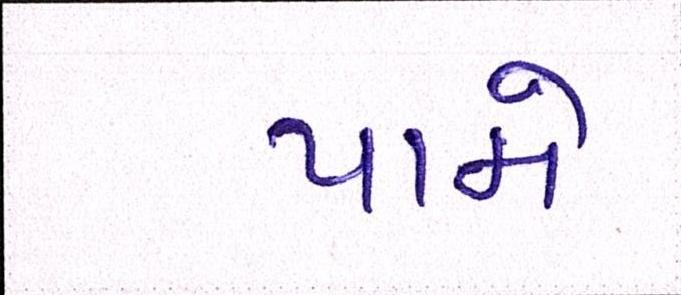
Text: પામે